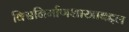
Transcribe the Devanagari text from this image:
विश्वनिर्माणशास्त्राबद्दल